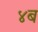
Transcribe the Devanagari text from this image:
४ब